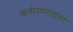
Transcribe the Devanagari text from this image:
खत्तीसमानांतर